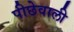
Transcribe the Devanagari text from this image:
पीछेवाली